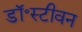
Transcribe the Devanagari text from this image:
डॉ॰स्टीवन